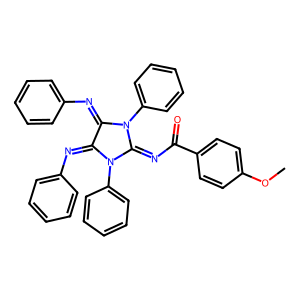
SMILES: COc1ccc(C(=O)N=C2N(c3ccccc3)C(=Nc3ccccc3)C(=Nc3ccccc3)N2c2ccccc2)cc1
Inhibits HIV replication: No